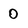
Character: 0